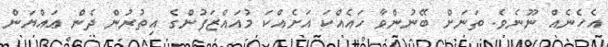
އެހެނެއް ނޫނެވެ. ތަނަށް ބޭނުންވާ ހައެއްކަ އަށެއްކަ މުއައްޒަފުންގެ އިތުރުން ދެން ޢައްޔަން